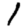
Digit: 1